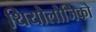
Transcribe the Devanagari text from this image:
थियोलोजिको